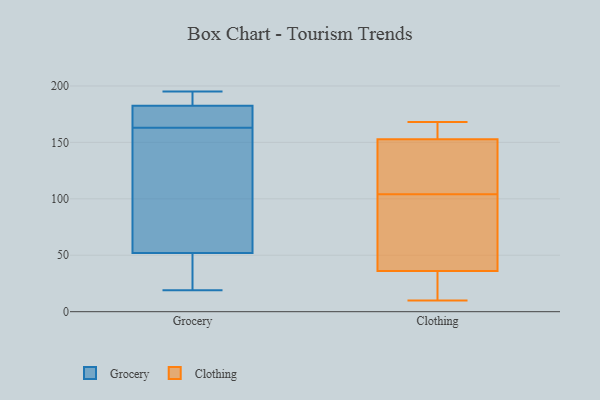
{"axis": {"x": "Humidity (%)", "y": "Value"}, "legend": ["Clothing", "Grocery"], "data": [{"x": "", "y": 186, "type": "Grocery"}, {"x": "", "y": 175, "type": "Grocery"}, {"x": "", "y": 192, "type": "Grocery"}, {"x": "", "y": 19, "type": "Grocery"}, {"x": "", "y": 195, "type": "Grocery"}, {"x": "", "y": 117, "type": "Grocery"}, {"x": "", "y": 191, "type": "Grocery"}, {"x": "", "y": 158, "type": "Grocery"}, {"x": "", "y": 179, "type": "Grocery"}, {"x": "", "y": 48, "type": "Grocery"}, {"x": "", "y": 179, "type": "Grocery"}, {"x": "", "y": 168, "type": "Grocery"}, {"x": "", "y": 43, "type": "Grocery"}, {"x": "", "y": 127, "type": "Grocery"}, {"x": "", "y": 46, "type": "Grocery"}, {"x": "", "y": 56, "type": "Grocery"}, {"x": "", "y": 74, "type": "Clothing"}, {"x": "", "y": 114, "type": "Clothing"}, {"x": "", "y": 35, "type": "Clothing"}, {"x": "", "y": 165, "type": "Clothing"}, {"x": "", "y": 104, "type": "Clothing"}, {"x": "", "y": 36, "type": "Clothing"}, {"x": "", "y": 115, "type": "Clothing"}, {"x": "", "y": 158, "type": "Clothing"}, {"x": "", "y": 74, "type": "Clothing"}, {"x": "", "y": 39, "type": "Clothing"}, {"x": "", "y": 11, "type": "Clothing"}, {"x": "", "y": 36, "type": "Clothing"}, {"x": "", "y": 163, "type": "Clothing"}, {"x": "", "y": 168, "type": "Clothing"}, {"x": "", "y": 137, "type": "Clothing"}, {"x": "", "y": 151, "type": "Clothing"}, {"x": "", "y": 10, "type": "Clothing"}]}